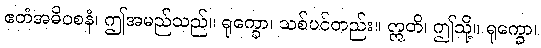
ဧတံအဓိဝစနံ၊ ဤအမည်သည်။ ရုက္ခော၊ သစ်ပင်တည်း။ ဣတိ၊ ဤသို့။ ရုက္ခော၊